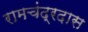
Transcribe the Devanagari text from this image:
रामचंद्रदास